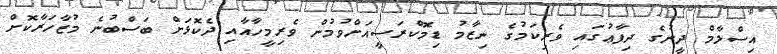
އިސްލާމް ދީނުގެ ދިފާޢުގައި ވެރިކަމުގެ ނިޒާމު ޑިމޮކްރަސީއަށްވުމުން ވެރިމީހާއާއި ދެކޮޅަށް ބަސްބުނެ މުޒާހަރާކޮށް